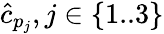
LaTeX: \hat{c}_{p_{j}},j\in\{ 1..3\}